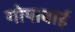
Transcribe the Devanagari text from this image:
गोपाबाई